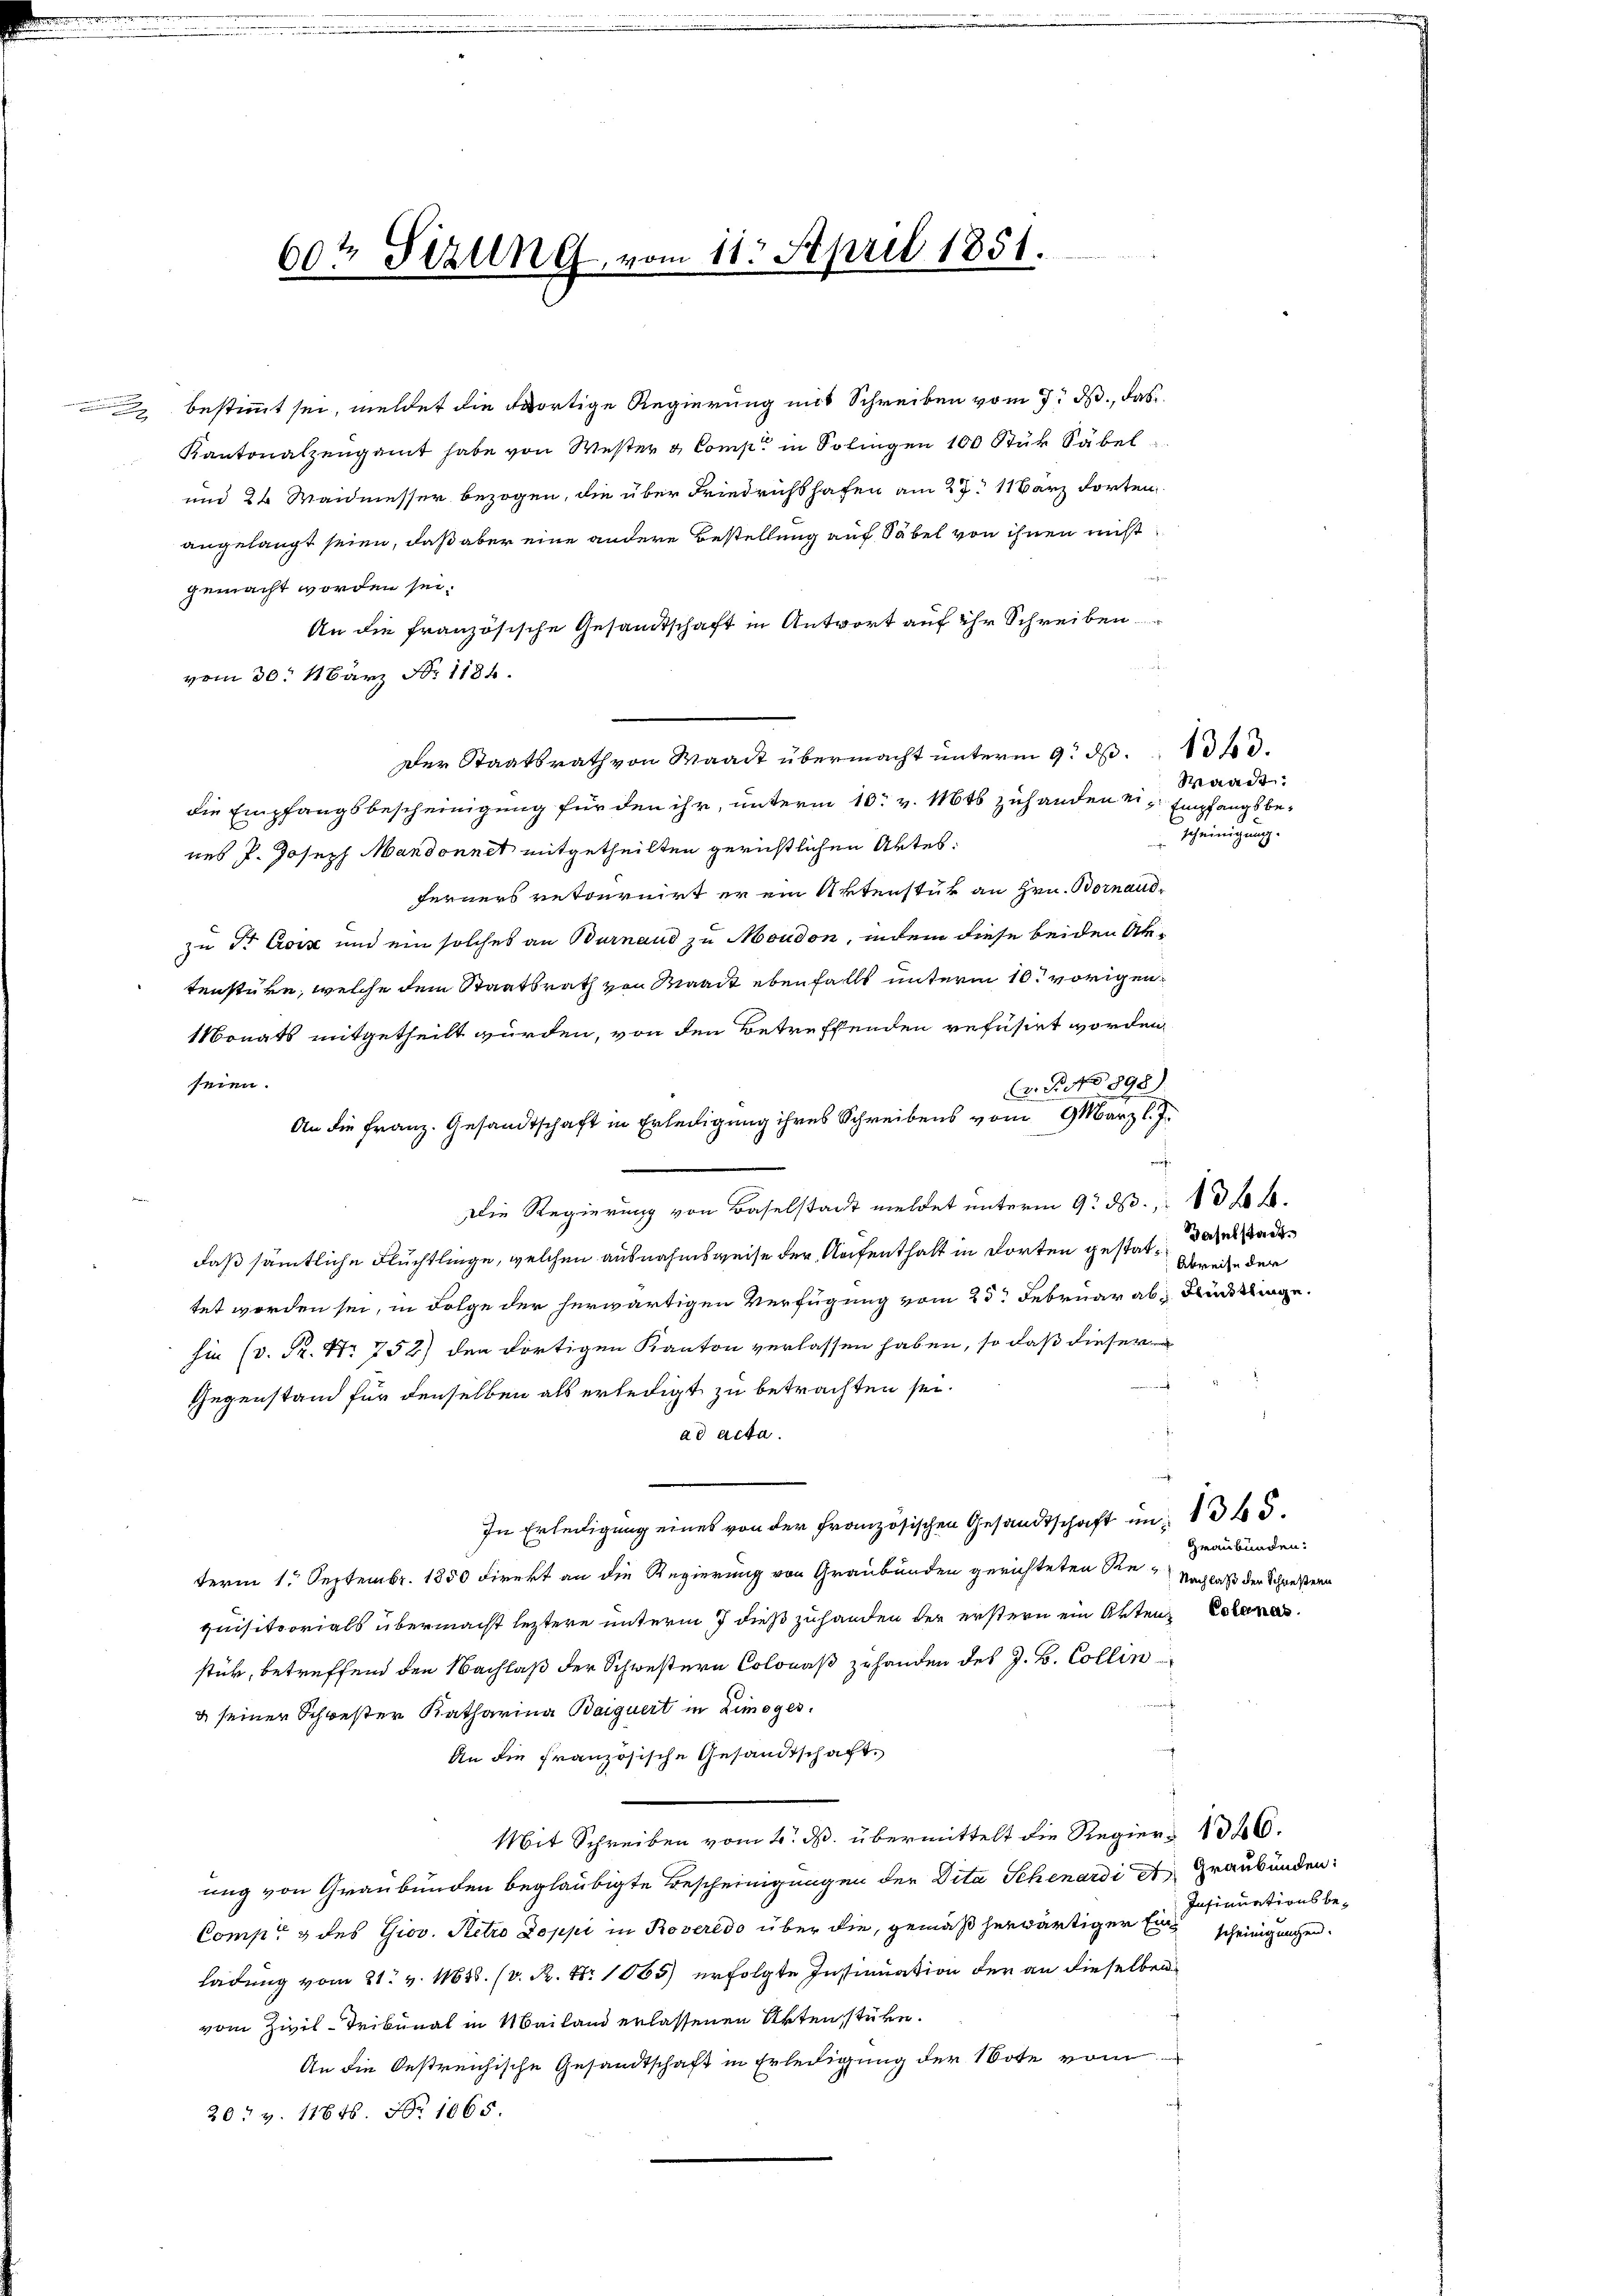
Bessen

60t Sizung vom 11. April 1851.

gemacht worden sei.
vom 30. März No. 1184.
Der Staatsrath von Waadt übermacht unterm 9. d. d.
die Empfangsbescheinigung für den ihr, unterm 10. v. Mts zuhanden eines P. Joseph Mandonnet mitgetheilten gerichtlichen Aktes
ferners retournirt er ein Aktenstük an Hrn. Bornaudzu Dr. Croix und ein solches an Burnaud zu Moudon, indem diese beiden Aktenstüre, welche dem Staatsrath von Maack ebenfallt unterm 10. vorigen.
Monats mitgetheilt wurden, von den Betreffenden refusirt worden,
seien.
. B. No 898).
An die Franz. Gesandtschaft in Erledigung ihres Schreibens vom 9. März l. J.
w
Die Regierung von Baselstadt meldet unterm 9. d. 136.
daß sämmtliche Flüchtlinge, welchen ausnahmsweise der Aufenthalt in dorten gestat daselstadttet worden sei, in Folge der herwärtigen Verfügung vom 25. Februar ab, Blücklinge
in (v. Fr. No 752) den dortigen Kanton verlassen haben, so daß dieser
Gegenstand für denselben als erledigt zu betrachten sei.
ad acta.
In Erledigung eines von der Französischen Gesandtschaft in 1 345.
Graubünden:
term 1. Septembr. 1850 direkt an die Regierung von Graubünden gerichteten Die Nachlaß der Schwestern
quisitorials übermacht leztere unterm 7 dieß zuhanden der erstern ein Akten Eckenas
stück, betreffend den Nachlaß der Schwestern Colonaß zu handen des J. B. Collin
& seiner Schwester Katharina Baiquert in Zimoges.
An die französische Gesandtschaft
Mit Schreiben vom 4. ds. übermittelt die Regier 126.
ung von Graubünden beglaubigte Bescheinigungen der Dita Schenardi A Graubünden:
Insinuationsbe¬
Comp. & des Giov. Retro Doppi in Roveredo über die, gemäß herwärtiger Eine scheinigungen.
ladung vom 21. v. 11658. (v. R. Nr. 1065) erfolgte Instimation der an dieselben
vom Zivil-Tribunal in Mailand erlassenen Arten stüre.
An die Oestreichische Gesandtschaft in Erledigung der Note vom
20t v. 11646. No 1065.

bestimmt sei, meldet die dortige Regierung mit Schreiben vom 7. ds., das
Kantonalzengamt habe von Wester & Comp. in Solingen 100 Stuk Säbel
und 24 Waidmesser bezogen, die über Friedrichthafen am 27. 11 Barz dorten
angelangt seien, daß aber eine andere Bestellung auf Säbel von ihnen nicht
e
An die französische Gesandtschaft in Antwort auf ihr Schreiben
¬

Waadt.
Empfangsbescheinigung.

Abreise der